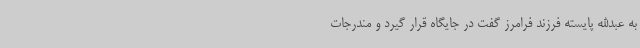
به عبدالله پایسته فرزند فرامرز گفت در جایگاه قرار گیرد و مندرجات